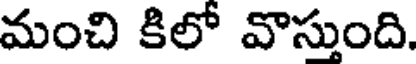
మంచి కిలో వొస్తుంది.